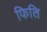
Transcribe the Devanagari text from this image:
फिलि